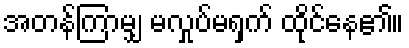
အတန်ကြာမျှ မလှုပ်မရှက် ထိုင်နေ၏။